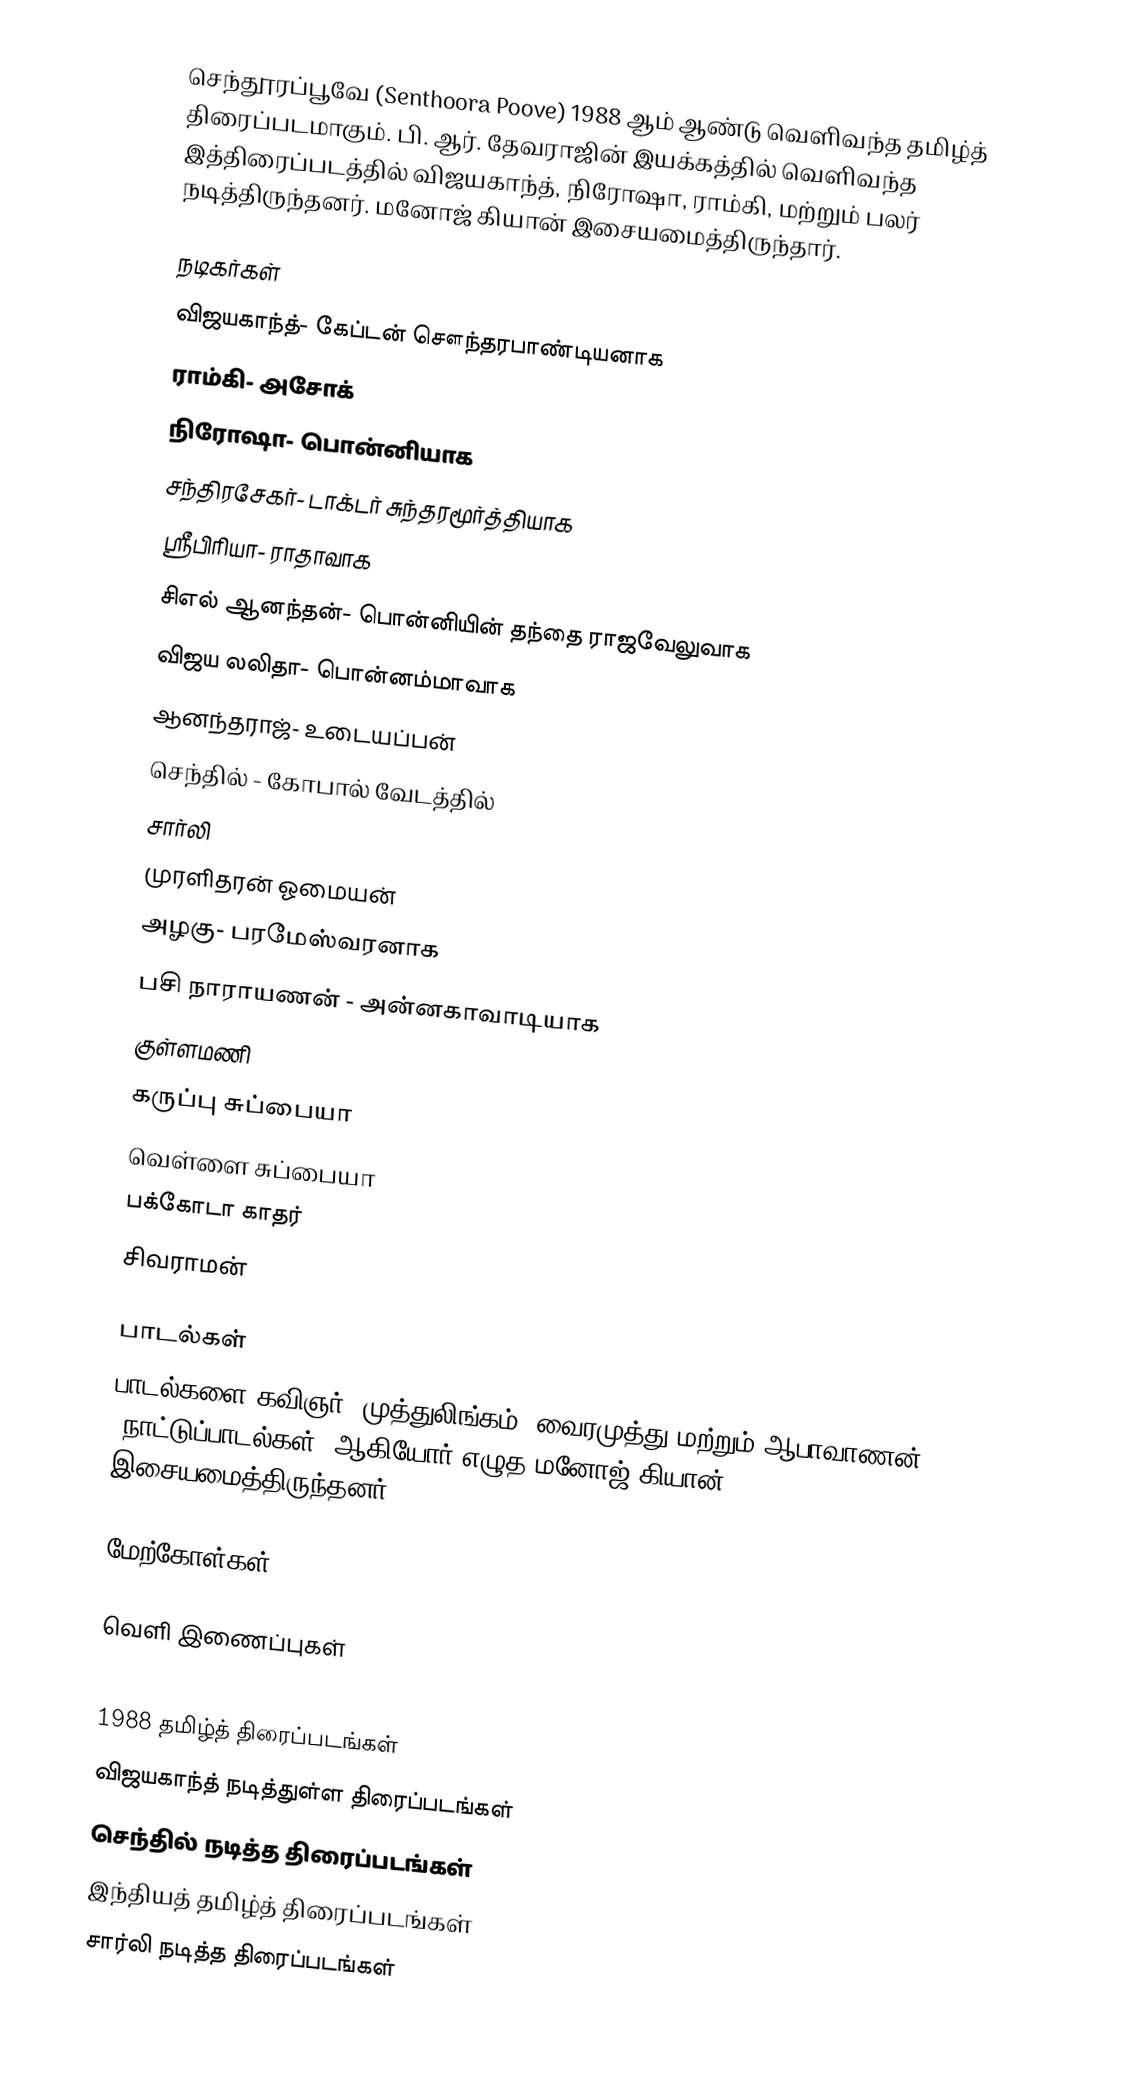
செந்தூரப்பூவே (Senthoora Poove) 1988 ஆம் ஆண்டு வெளிவந்த தமிழ்த் திரைப்படமாகும். பி. ஆர். தேவராஜின் இயக்கத்தில் வெளிவந்த இத்திரைப்படத்தில் விஜயகாந்த், நிரோஷா, ராம்கி, மற்றும் பலர் நடித்திருந்தனர். மனோஜ் கியான் இசையமைத்திருந்தார்.

நடிகர்கள்
 விஜயகாந்த்- கேப்டன் சௌந்தரபாண்டியனாக
 ராம்கி- அசோக்
 நிரோஷா- பொன்னியாக
 சந்திரசேகர்- டாக்டர் சுந்தரமூர்த்தியாக
 ஸ்ரீபிரியா- ராதாவாக
 சிஎல் ஆனந்தன்- பொன்னியின் தந்தை ராஜவேலுவாக
 விஜய லலிதா- பொன்னம்மாவாக
 ஆனந்தராஜ்- உடையப்பன்
 செந்தில் - கோபால் வேடத்தில்
 சார்லி
 முரளிதரன் ஓமையன்
 அழகு- பரமேஸ்வரனாக
 பசி நாராயணன் - அன்னகாவாடியாக
 குள்ளமணி
 கருப்பு சுப்பையா
 வெள்ளை சுப்பையா
 பக்கோடா காதர்
 சிவராமன்

பாடல்கள்
பாடல்களை கவிஞர்" முத்துலிங்கம், வைரமுத்து மற்றும் ஆபாவாணன் (நாட்டுப்பாடல்கள்) ஆகியோர் எழுத மனோஜ்-கியான் இசையமைத்திருந்தனர்.

மேற்கோள்கள்

வெளி இணைப்புகள்

1988 தமிழ்த் திரைப்படங்கள்
விஜயகாந்த் நடித்துள்ள திரைப்படங்கள்
செந்தில் நடித்த திரைப்படங்கள்
இந்தியத் தமிழ்த் திரைப்படங்கள்
சார்லி நடித்த திரைப்படங்கள்